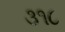
૩૧૮